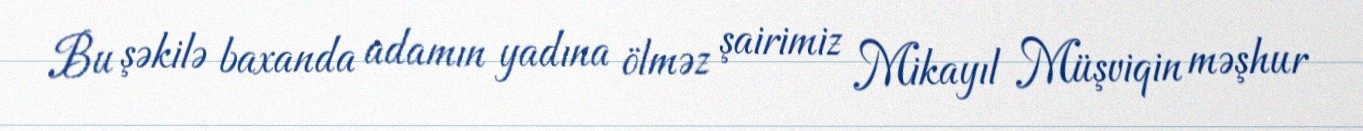
Bu şəkilə baxanda adamın yadına ölməz şairimiz Mikayıl Müşviqin məşhur